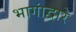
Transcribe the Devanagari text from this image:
भागांद्वारे